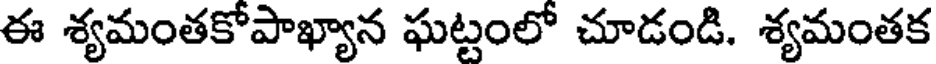
ఈ శ్యమంతకోపాఖ్యాన ఘట్టంలో చూడండి. శ్యమంతక